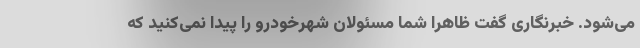
می‌شود. خبرنگاری گفت ظاهرا شما مسئولان شهرخودرو را پیدا نمی‌کنید که